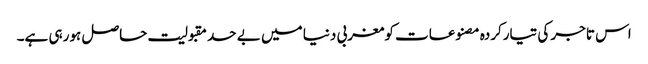
اس تاجر کی تیارکردہ مصنوعات کومغربی دنیا میں بے حد مقبولیت حاصل ہورہی ہے۔